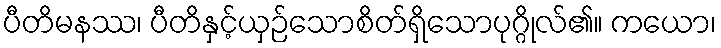
ပီတိမနဿ၊ ပီတိနှင့်ယှဉ်သောစိတ်ရှိသောပုဂ္ဂိုလ်၏။ ကယော၊